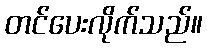
တင်ပေးလိုက်သည်။